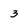
Character: 3